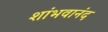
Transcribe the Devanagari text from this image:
शांभवानंद